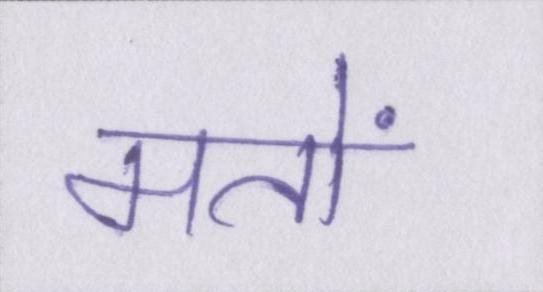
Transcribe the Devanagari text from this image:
मतों